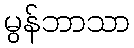
မွန်ဘာသာ